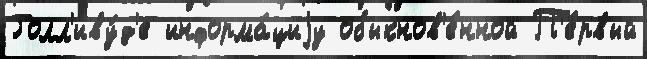
Голл'иву́д'е информа́циjу обыкнов'е́нной П'е́рвый